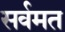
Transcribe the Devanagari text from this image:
सर्वमत